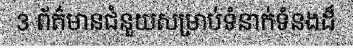
3 ព័ត៌មានជំនួយសម្រាប់ទំនាក់ទំនងដ៏